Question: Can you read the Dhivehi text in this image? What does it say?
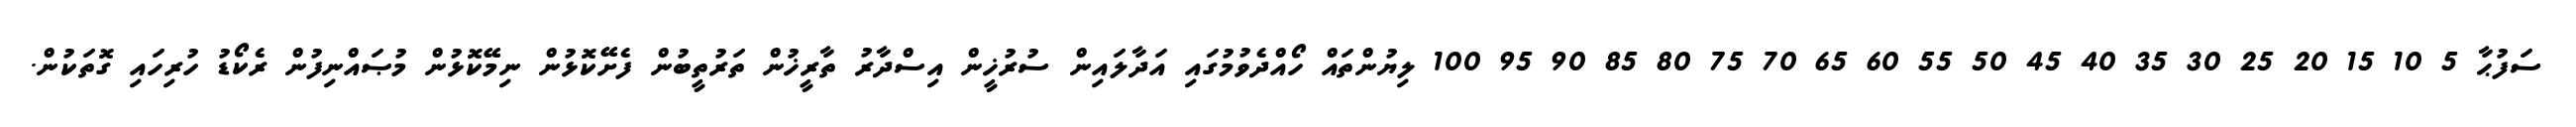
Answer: ސަފުޙާ 5 10 15 20 25 30 35 40 45 50 55 60 65 70 75 80 85 90 95 100 ލިޔުންތައް ހޯއްދެވުމުގައި އަދާލައިން ސުރުޚީން އިސްދާރު ތާރީޚުން ތަރުތީބުން ފެށޭކޮޅުން ނިމޭކޮޅުން މުޞައްނިފުން ރެކޯޑު ހުރިހައި ގޮތަކުން.